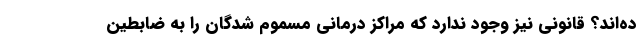
ده‌اند؟ قانونی نیز وجود ندارد که مراکز درمانی مسموم شدگان را به ضابطین